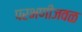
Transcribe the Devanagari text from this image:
परभणीजवळ